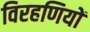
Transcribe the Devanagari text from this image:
विरहणियों